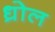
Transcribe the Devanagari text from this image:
ध्रोल